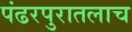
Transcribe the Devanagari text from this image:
पंढरपुरातलाच